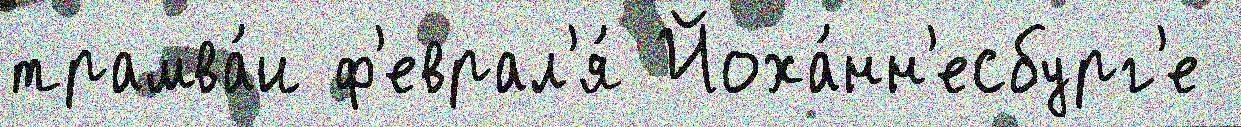
трамва́и ф'еврал'я́ Йоха́нн'есбург'е